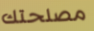
مصلحتك